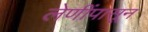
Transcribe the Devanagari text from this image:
लेणींपासून